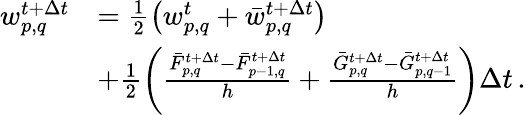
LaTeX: \begin{array}{rl}{w_{p,q}^{t+\Delta t}}&{=\frac{1}{2}\left(w_{p,q}^{t}+\bar{w}_{p,q}^{t+\Delta t}\right)}\\ &{+\frac{1}{2}\left(\frac{\bar{F}_{p,q}^{t+\Delta t}-\bar{F}_{p-1,q}^{t+\Delta t}}{h}+\frac{\bar{G}_{p,q}^{t+\Delta t}-\bar{G}_{p,q-1}^{t+\Delta t}}{h}\right)\Delta t\, .}\end{array}